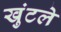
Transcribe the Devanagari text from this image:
खुंटले